Indian journal of veterinary science and animal husbandry - Volume 8,
Year: 1938
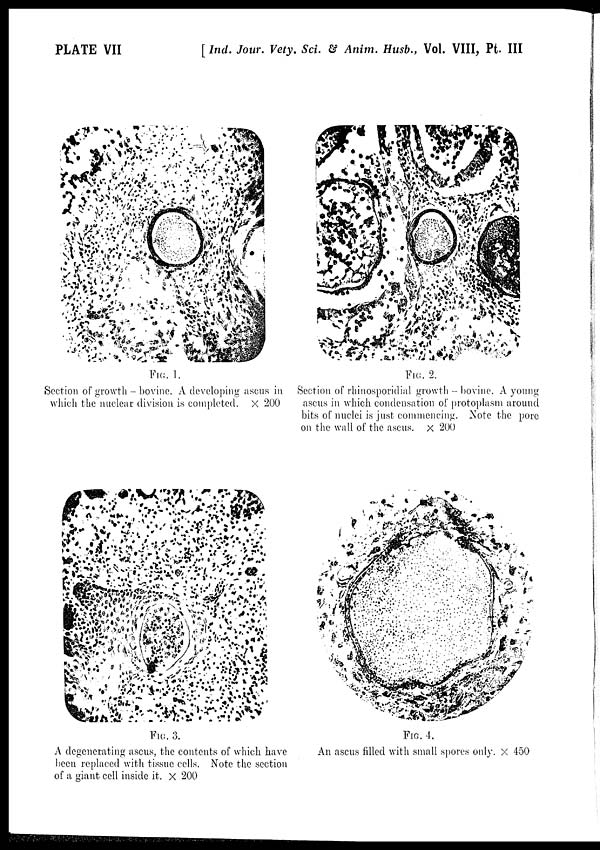
PLATE VII
[ Ind. Jour. Vety. Sci. & Anim. Husb., Vol. VIII, Pt. III
FIG. 1.
Section of growth - bovine. A developing ascus in
which the nuclear division is completed. × 200
bits of nuclei is just commencing. Note the pore
on the wall of the ascus. × 200
FIG. 2.
Section of rhinosporidial growth - bovine. A young
ascus in which condensation of protoplasm around
bits of nuclei is just commencing. Note the pore
on the wall of the ascus. × 200
FIG. 3.
A degenerating ascus, the contents of which have
been replaced with tissue cells. Note the section
of a giant cell inside it. × 200
FIG. 4.
An ascus filled with small spores only × 450